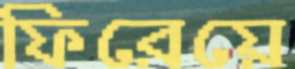
ফিরেয়ে